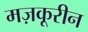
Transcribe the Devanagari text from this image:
मज़कूरीन